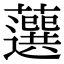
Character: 𧂍